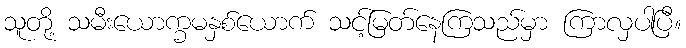
သူတို့ သမီးယောက္ခမနှစ်ယောက် သင့်မြတ်နေကြသည်မှာ ကြာလှပါပြီ။